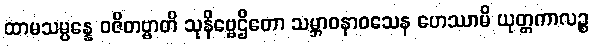
ထာမသမ္ပန္နေ ဝဇိတဗ္ဗာတိ သုနိဗ္ဗေဌိတော သမ္ဘာဝနာဝသေန ဟေဿာမိ ယုတ္တကာလဉ္စ